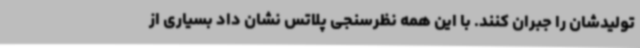
تولیدشان را جبران کنند. با این همه نظرسنجی پلاتس نشان داد بسیاری از